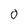
Character: 0